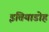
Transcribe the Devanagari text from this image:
इतियाडोह